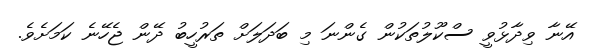
އޭނާ ވިދާޅުވީ ސްކޫލުތަކުން ގެންނަ މި ބަދަލަށް ތަރުހީބު ދޭން ޖެހޭނެ ކަމަށެވެ.